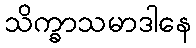
သိက္ခာသမာဒါနေ